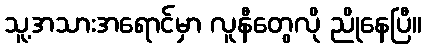
သူ့အသားအရောင်မှာ လူနီတွေလို ညိုနေပြီ။